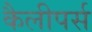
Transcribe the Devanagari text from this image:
कैलीपर्स